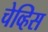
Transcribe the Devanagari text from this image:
चेव्हिस